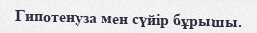
Гипотенуза мен сүйір бұрышы.